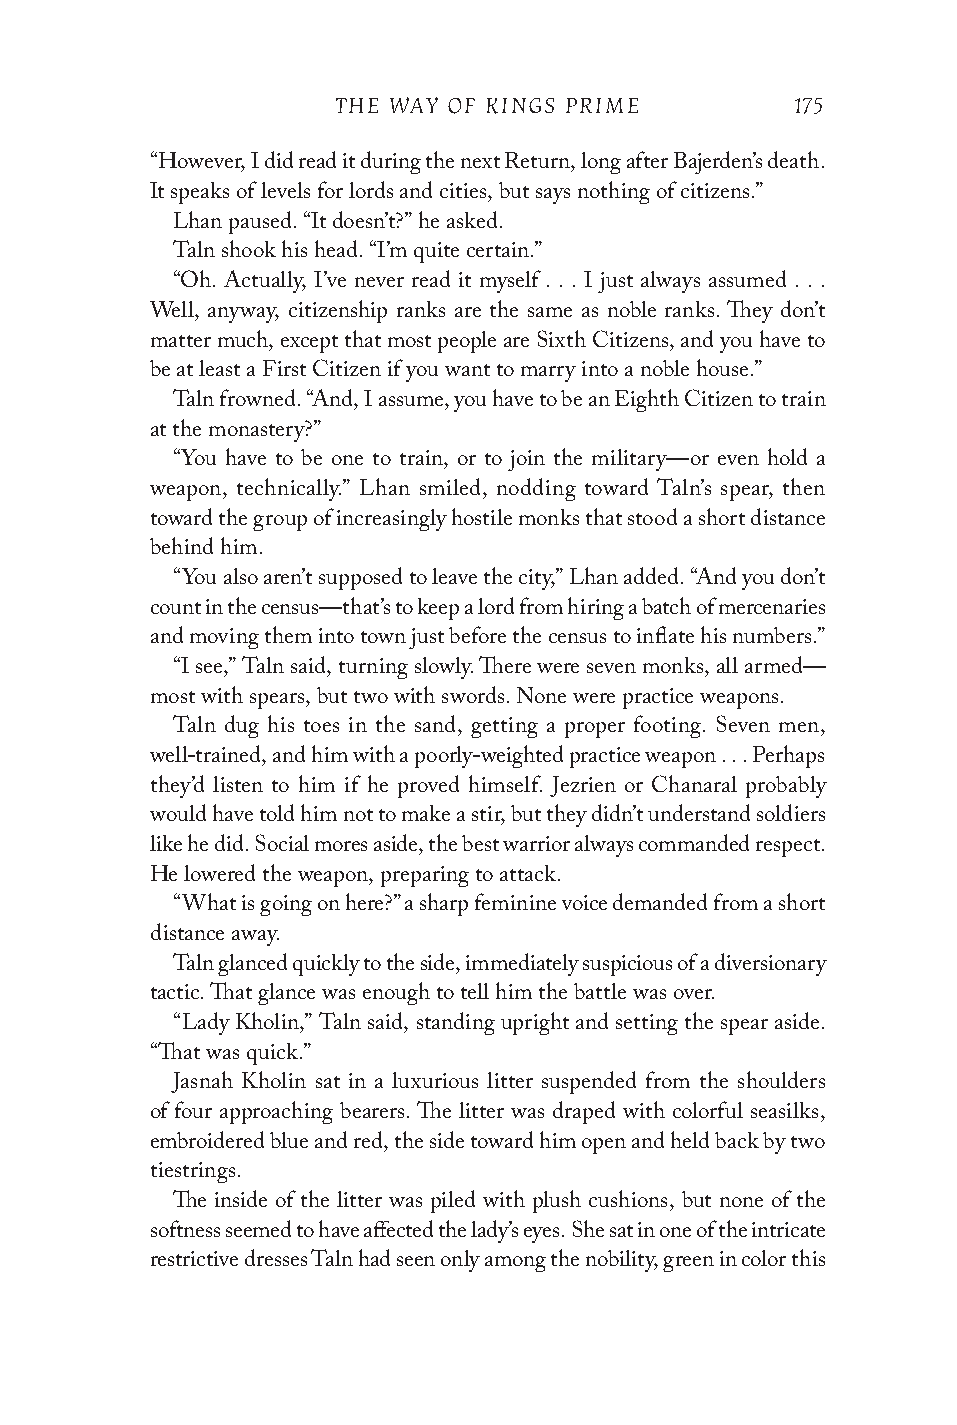
THE WAY OF KINGS PRIME         175
 “However, I did read it during the next Return, long after Bajerden’s death.
 It speaks of levels for lords and cities, but says nothing of citizens.”
 Lhan paused. “It doesn’t?” he asked.
 Taln shook his head. “I’m quite certain.”
 “Oh. Actually, I’ve never read it myself . . . I just always assumed . . .
 Well, anyway, citizenship ranks are the same as noble ranks. They don’t
 matter much, except that most people are Sixth Citizens, and you have to
 be at least a First Citizen if you want to marry into a noble house.”
 Taln frowned. “And, I assume, you have to be an Eighth Citizen to train
 at the monastery?”
 “You have to be one to train, or to join the military—or even hold a
 weapon, technically.” Lhan smiled, nodding toward Taln’s spear, then
 toward the group of increasingly hostile monks that stood a short distance
 behind him.
 “You also aren’t supposed to leave the city,” Lhan added. “And you don’t
 count in the census—that’s to keep a lord from hiring a batch of mercenaries
 and moving them into town just before the census to inflate his numbers.”
 “I see,” Taln said, turning slowly. There were seven monks, all armed—
 most with spears, but two with swords. None were practice weapons.
 Taln dug his toes in the sand, getting a proper footing. Seven men,
 well-trained, and him with a poorly-weighted practice weapon . . . Perhaps
 they’d listen to him if he proved himself. Jezrien or Chanaral probably
 would have told him not to make a stir, but they didn’t understand soldiers
 like he did. Social mores aside, the best warrior always commanded respect.
 He lowered the weapon, preparing to attack.
 “What is going on here?” a sharp feminine voice demanded from a short
 distance away.
 Taln glanced quickly to the side, immediately suspicious of a diversionary
 tactic. That glance was enough to tell him the battle was over.
 “Lady Kholin,” Taln said, standing upright and setting the spear aside.
 “That was quick.”
 Jasnah Kholin sat in a luxurious litter suspended from the shoulders
 of four approaching bearers. The litter was draped with colorful seasilks,
 embroidered blue and red, the side toward him open and held back by two
 tiestrings.
 The inside of the litter was piled with plush cushions, but none of the
 softness seemed to have affected the lady’s eyes. She sat in one of the intricate
 restrictive dresses Taln had seen only among the nobility, green in color this